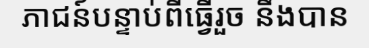
ភាជន៍បន្ទាប់ពីធ្វើរួច នឹងបាន